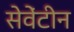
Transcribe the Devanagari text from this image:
सेवेंटीन